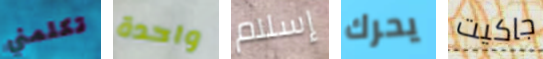
تكلمني واحدة إسلام يحرك جاكيت